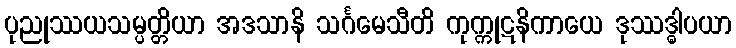
ပုညုဿယသမ္ပတ္တိယာ အဒသာနိ သင်္ဂမေသီတိ ကုက္ကုဋနိကာယေ ဒုဿဒ္ဓါပယာ